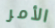
الأمر